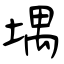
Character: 堣